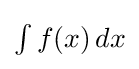
{\textstyle \int f(x)\,dx}